Indian Medical Review
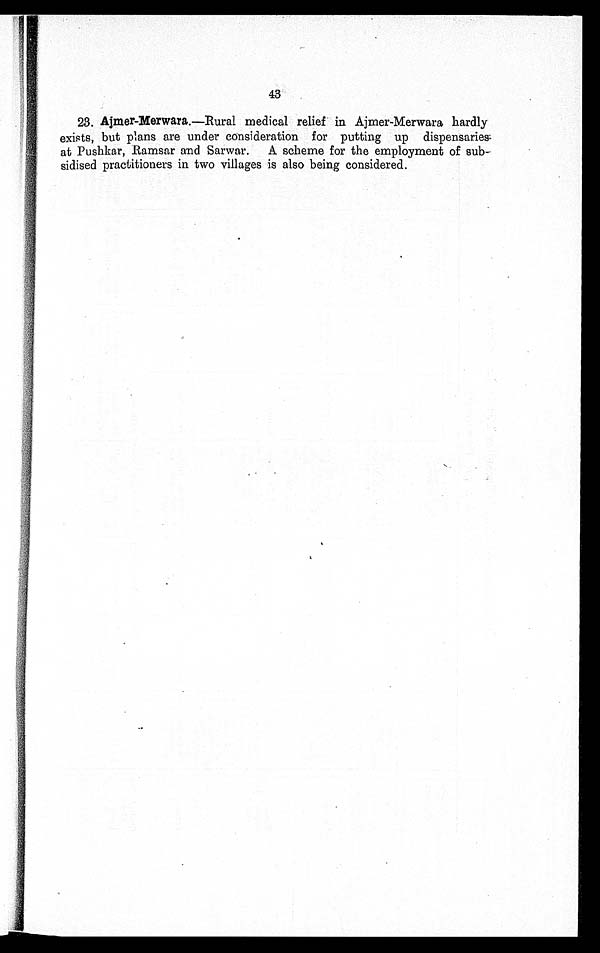
43
23. Ajmer-Merwara.—Rural medical relief in Ajmer-Merwara hardly
exists, but plans are under consideration for putting up dispensaries
at Pushkar, Ramsar and Sarwar. A scheme for the employment of sub-
sidised practitioners in two villages is also being considered.